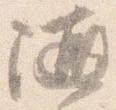
随